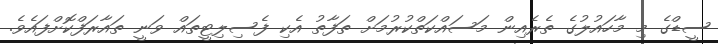
ސީޑްގެ މި މާހައުލުގެ ތެރެއިން މަސައްކަތްކުރުމަށް ތަފާތު އެކި ފެސިލިޓީތައް ވަނީ ތައާރަފްކޮށްފައެވެ.